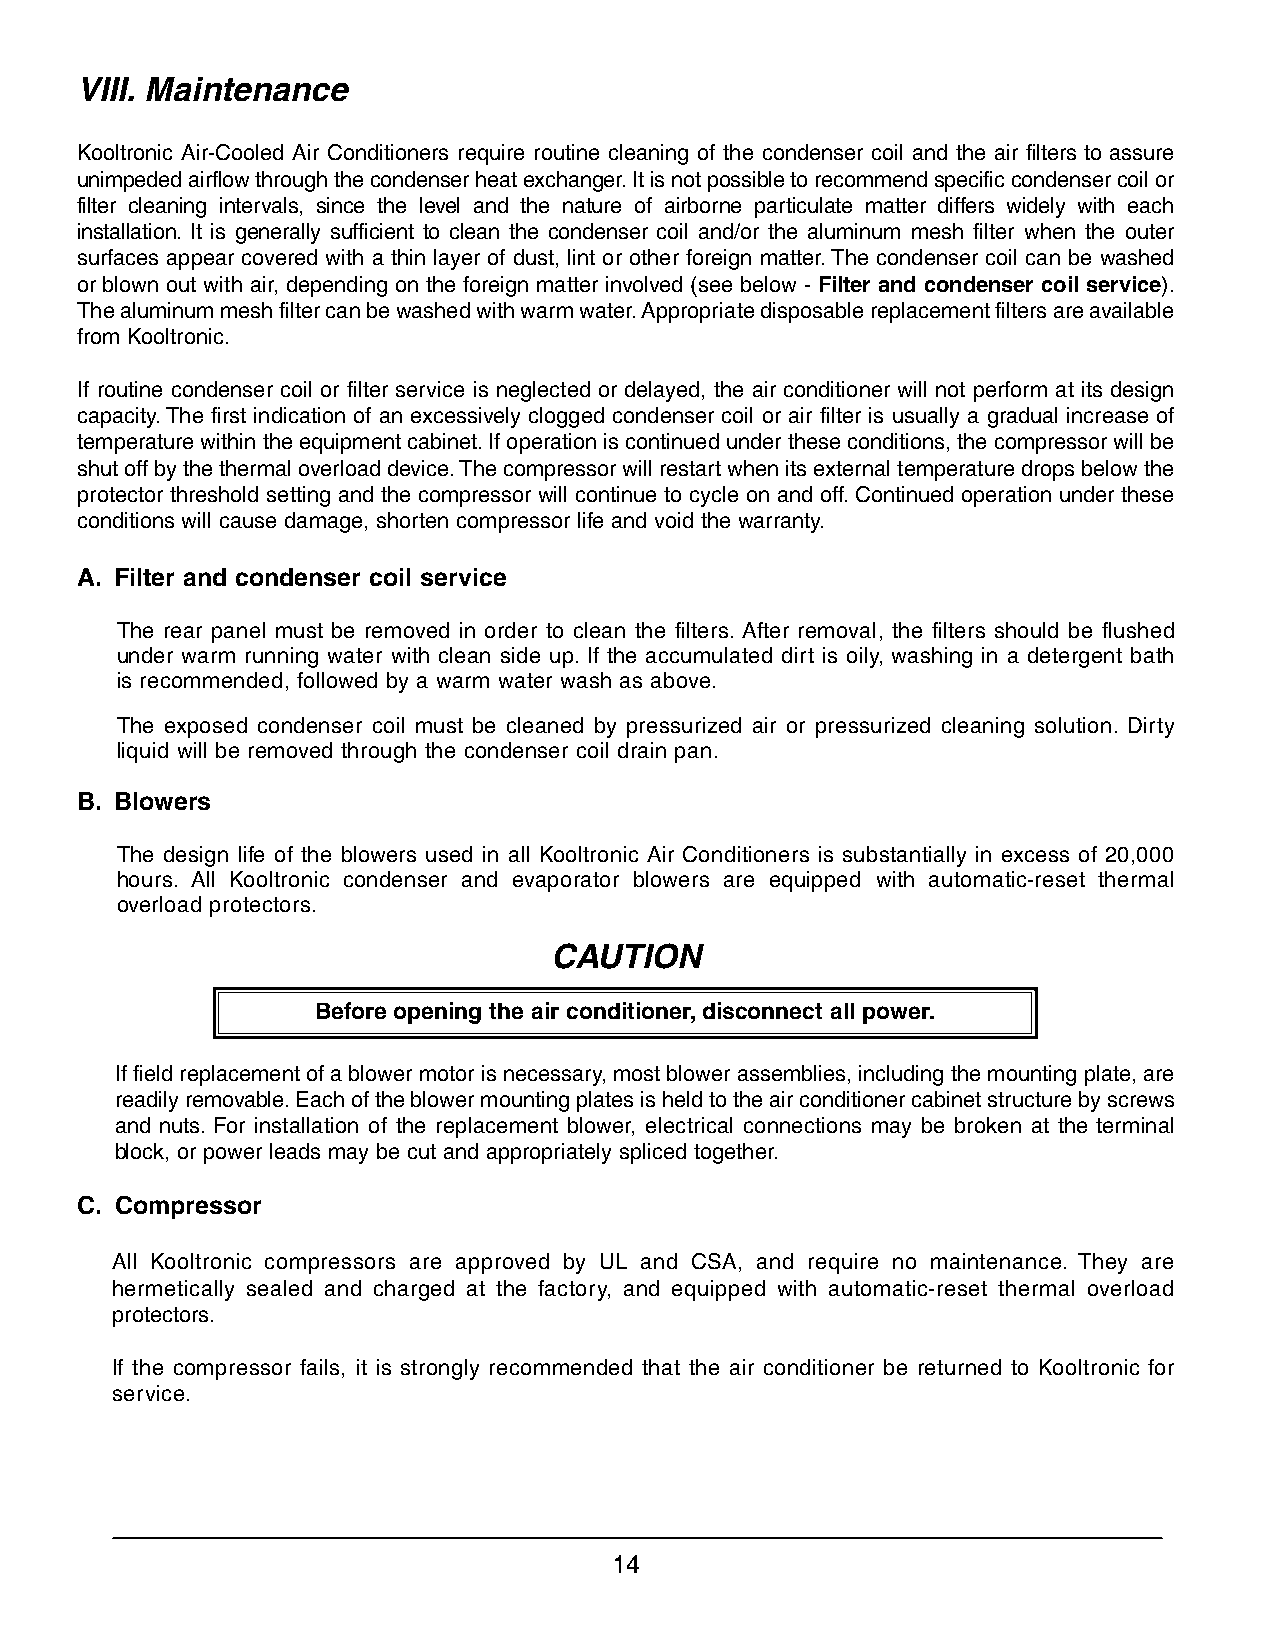
VIII. Maintenance
 Kooltronic Air-Cooled Air Conditioners require routine cleaning of the condenser coil and the air filters to assure
 unimpeded airflow through the condenser heat exchanger. It is not possible to recommend specific condenser coil or
 filter cleaning intervals, since the level and the nature of airborne particulate matter differs widely with each
 installation. It is generally sufficient to clean the condenser coil and/or the aluminum mesh filter when the outer
 surfaces appear covered with a thin layer of dust, lint or other foreign matter. The condenser coil can be washed
 or blown out with air, depending on the foreign matter involved (see below - Filter and condenser coil service).
 The aluminum mesh filter can be washed with warm water. Appropriate disposable replacement filters are available
 from Kooltronic.
 If routine condenser coil or filter service is neglected or delayed, the air conditioner will not perform at its design
 capacity. The first indication of an excessively clogged condenser coil or air filter is usually a gradual increase of
 temperature within the equipment cabinet. If operation is continued under these conditions, the compressor will be
 shut off by the thermal overload device. The compressor will restart when its external temperature drops below the
 protector threshold setting and the compressor will continue to cycle on and off. Continued operation under these
 conditions will cause damage, shorten compressor life and void the warranty.
 A. Filter and condenser coil service
 The rear panel must be removed in order to clean the filters. After removal, the filters should be flushed
 under warm running water with clean side up. If the accumulated dirt is oily, washing in a detergent bath
 is recommended, followed by a warm water wash as above.
 The exposed condenser coil must be cleaned by pressurized air or pressurized cleaning solution. Dirty
 liquid will be removed through the condenser coil drain pan.
 B. Blowers
 The design life of the blowers used in all Kooltronic Air Conditioners is substantially in excess of 20,000
 hours. All Kooltronic condenser and evaporator blowers are equipped with automatic-reset thermal
 overload protectors.
 CAUTION
 Before opening the air conditioner, disconnect all power.
 If field replacement of a blower motor is necessary, most blower assemblies, including the mounting plate, are
 readily removable. Each of the blower mounting plates is held to the air conditioner cabinet structure by screws
 and nuts. For installation of the replacement blower, electrical connections may be broken at the terminal
 block, or power leads may be cut and appropriately spliced together.
 C. Compressor
 All Kooltronic compressors are approved by UL and CSA, and require no maintenance. They are
 hermetically sealed and charged at the factory, and equipped with automatic-reset thermal overload
 protectors.
 If the compressor fails, it is strongly recommended that the air conditioner be returned to Kooltronic for
 service.
 14